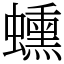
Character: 䗼